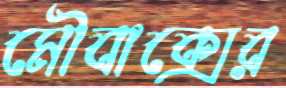
মৌবাক্সের